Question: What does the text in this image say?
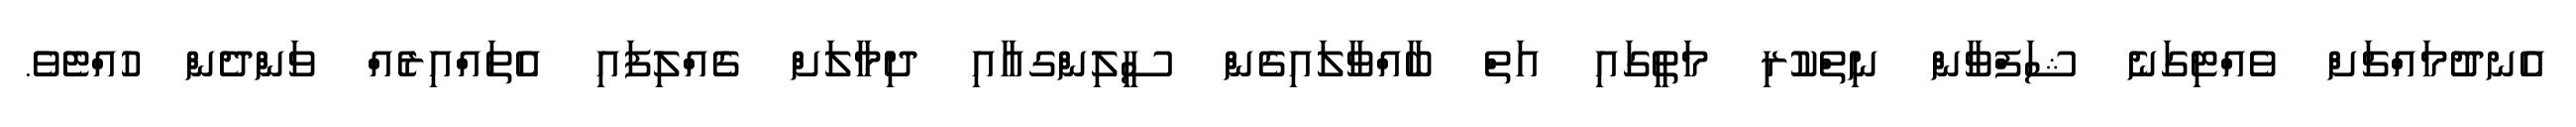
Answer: އެނދުމައްޗަށް ވެއްޓިގަނެ ޝަފްވާން ނިތްކުރި މަތީގައި އަތް ބާއްވާލައިގެން ސީލިންގއާއި ދިމާލަށް ގެއްލިފައި އެތައްއިރެއް ވަންދެން ހުއްޓެވެ.